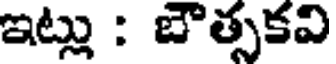
ఇట్లు : బౌత్సకవి